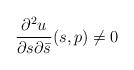
LaTeX: \begin{align*}\frac{\partial^2 u}{\partial s \partial\bar s} (s,p)\not=0\end{align*}